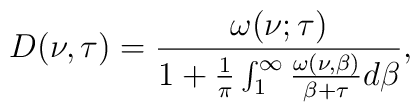
D(\nu,\tau)=\frac{\omega(\nu;\tau)}{1+\frac{1}{\pi}\int_{1}^{\infty}\frac{\omega(\nu,\beta)}{\beta+\tau}d\beta},